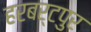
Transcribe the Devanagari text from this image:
हरबर्टपुर